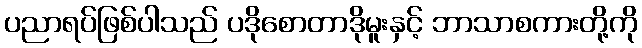
ပညာရပ်ဖြစ်ပါသည် ပဒိုစောတာဒိုမူးနှင့် ဘာသာစကားတို့ကို